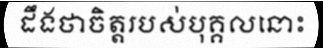
ដឹងថាចិត្តរបស់បុគ្គលនោះ